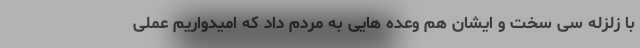
با زلزله سی سخت و ایشان هم وعده هایی به مردم داد که امیدواریم عملی